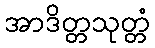
အာဒိတ္တသုတ္တံ